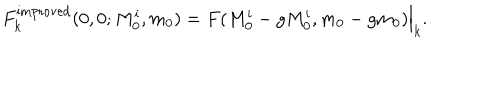
F _ { k } ^ { \mathrm { i m p r o v e d } } ( 0 , 0 ; M _ { 0 } ^ { i } , m _ { 0 } ) = F ( M _ { 0 } ^ { i } - g M _ { 0 } ^ { i } , m _ { 0 } - g m _ { 0 } ) \Big | _ { k } .